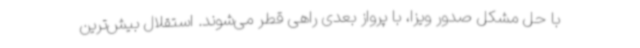
با حل مشکل صدور ویزا، با پرواز بعدی راهی قطر می‌شوند. استقلال بیش‌ترین